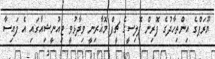
ޔޫރަޕްގެ އިންތިހާދުގެ ފޮރިން ޕޮލިސީގެ ޗީފް މޮޣާރިނީ ވިދާޅުވީ ޓިއުނީޝިއާގައި އެ ފައިސާ